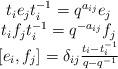
LaTeX: \begin{align*}\begin{array}{c}t_ie_jt_i^{-1}=q^{a_{ij}}e_j\\t_if_jt_i^{-1}=q^{-a_{ij}}f_j\\{}[e_i,f_j]=\delta_{ij}\frac{t_i-t_i^{-1}}{q-q^{-1}}\end{array}\end{align*}